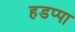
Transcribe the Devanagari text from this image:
हडप्‍पा